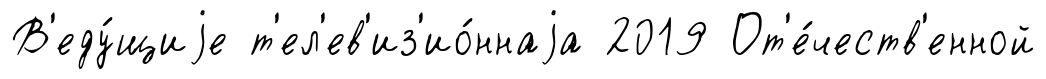
В'еду́щиjе т'ел'ев'из'ио́ннаjа 2019 От'е́честв'енной